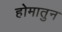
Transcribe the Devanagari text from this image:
होमातुन